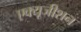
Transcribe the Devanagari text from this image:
एक्यूजीशन